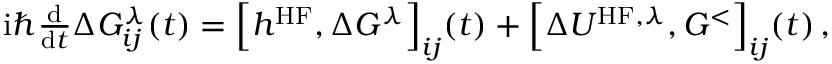
\begin{array} { r } { \mathrm { i } \hbar \frac { \mathrm { d } } { \mathrm { d } t } \Delta G _ { i j } ^ { \lambda } ( t ) = \Big [ h ^ { \mathrm { H F } } , \Delta G ^ { \lambda } \Big ] _ { i j } ( t ) + \Big [ \Delta U ^ { \mathrm { H F } , \lambda } , G ^ { < } \Big ] _ { i j } ( t ) \, , } \end{array}